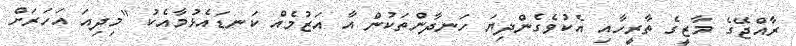
ރާއްޖޭގެ މާޒީގެ ތާރީހާއި އެކުވެގެންދިޔަ ހަނދާންތަކުން އާ އަޒުމެއް ކަނޑައެޅުމާއެކު "މިދިއަ އަހަރަށް